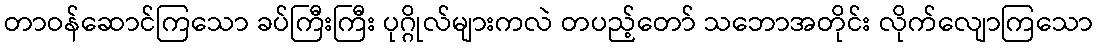
တာဝန်ဆောင်ကြသော ခပ်ကြီးကြီး ပုဂ္ဂိုလ်များကလဲ တပည့်တော် သဘောအတိုင်း လိုက်လျောကြသော